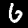
Label: 6